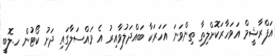
އަފްރާޝީމް އަވަހާރަކޮށްލިތާ ތިންވަނަ އަހަރަކާ ބައްދަލުވާއިރު އެ މައްސަލާގައި ދަށު ކޯޓުން ހ.ލޮބީ